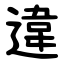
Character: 違